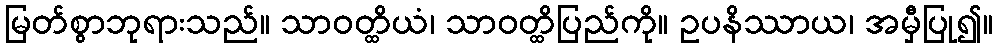
မြတ်စွာဘုရားသည်။ သာဝတ္ထိယံ၊ သာဝတ္ထိပြည်ကို။ ဥပနိဿာယ၊ အမှီပြု၍။